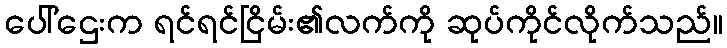
ပေါ်ဌေးက ရင်ရင်ငြိမ်း၏လက်ကို ဆုပ်ကိုင်လိုက်သည်။